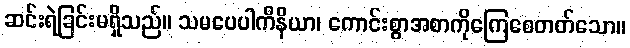
ဆင်းရဲခြင်းမရှိသည်။ သမပေပါကိနိယာ၊ ကောင်းစွာအစာကိုကြေစေတတ်သော။